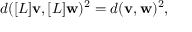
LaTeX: d ( [ L ] \mathbf { v } , [ L ] \mathbf { w } ) ^ { 2 } = d ( \mathbf { v } , \mathbf { w } ) ^ { 2 } ,